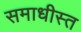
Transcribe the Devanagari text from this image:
समाधीस्त